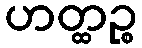
ဟတ္ထဉ္စ